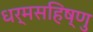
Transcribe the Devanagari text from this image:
धर्मसहिष्णु